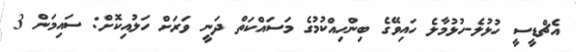
އެޗްޑީސީ ހުޅުލެ-ހުޅުމާލެ ހައިވޭގެ ބިންހިއްކުމުގެ މަސައްކަތް ދަނީ ވަރަށް ހަލުއިކޮށް: ސައިމަން 3